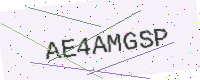
Text: AE4AMGSP